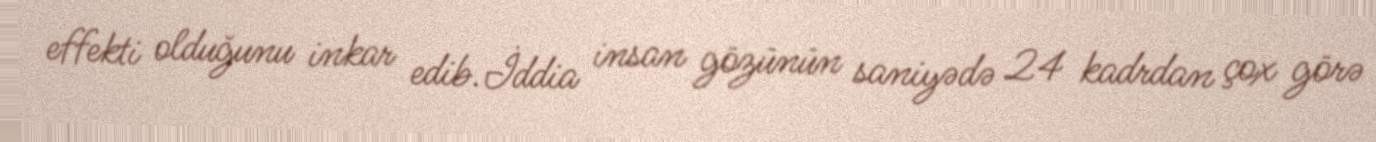
effekti olduğunu inkar edib.İddia insan gözünün saniyədə 24 kadrdan çox görə